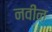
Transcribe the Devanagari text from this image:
नवींन